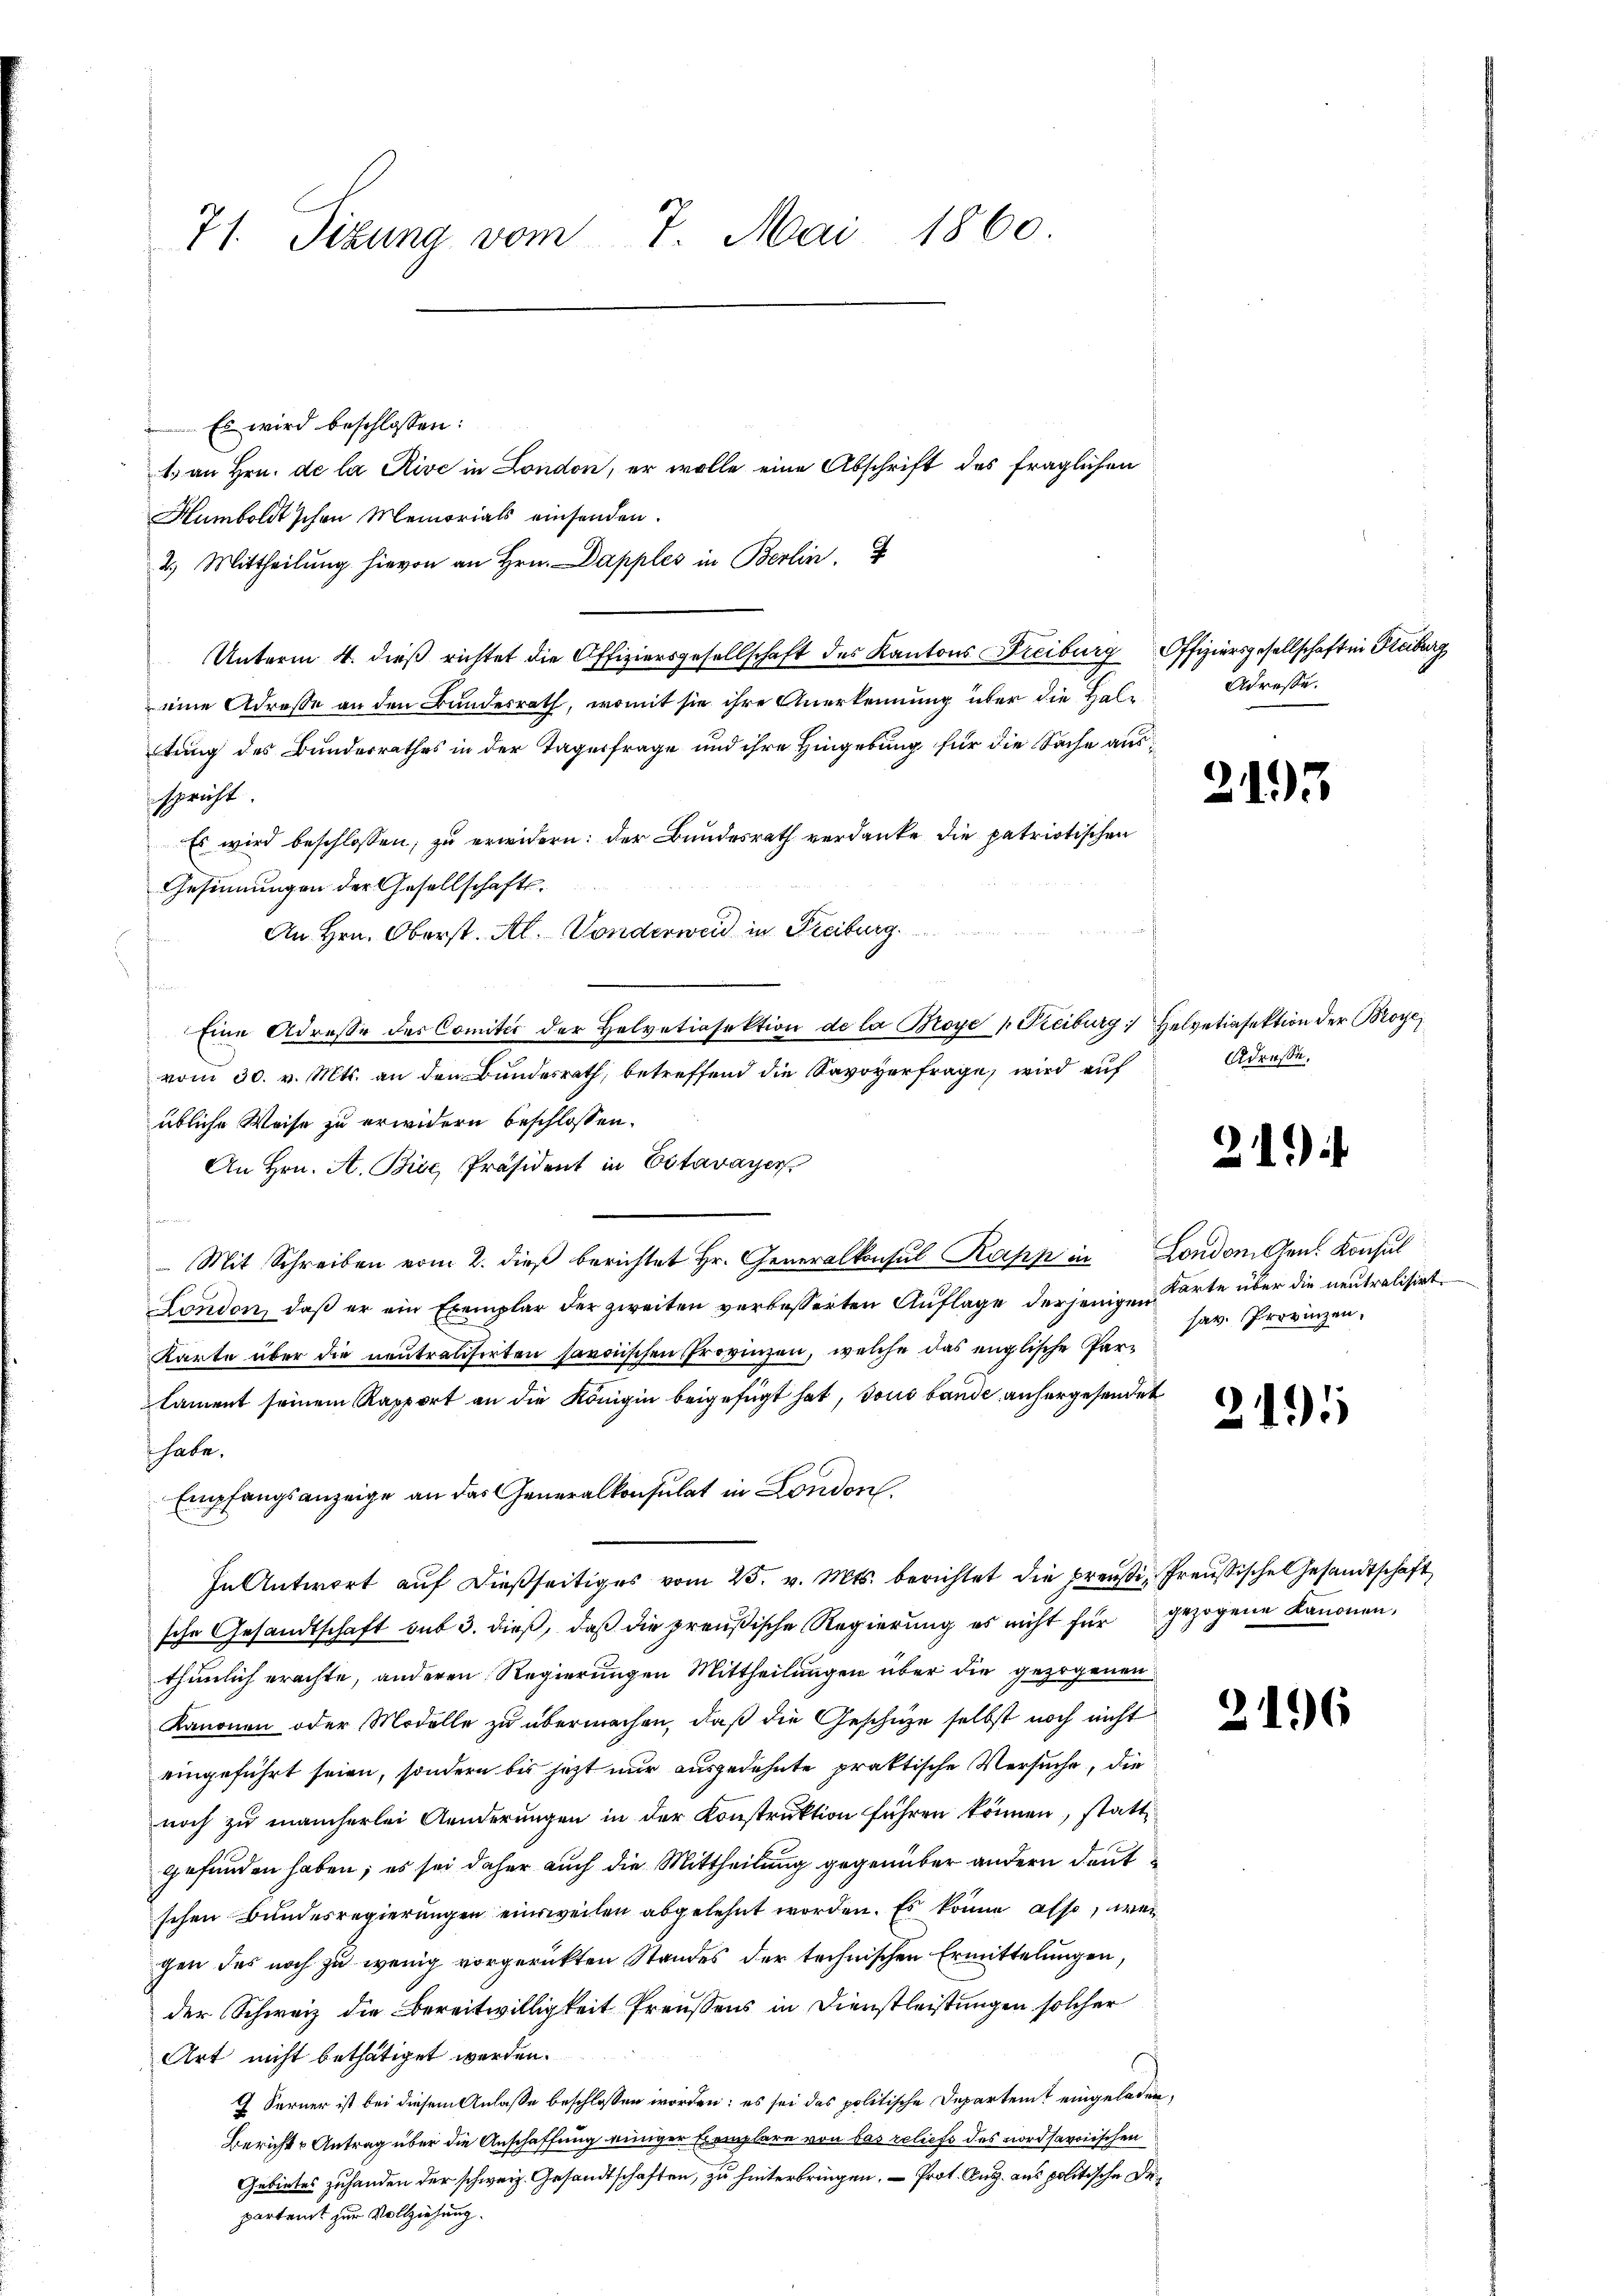
71. Sitzung vom 7. Mai 1860

Es wird beschlossen:
1. an Hrn. de la Rive in London, er wolle eine Abschrift des fraglichen
Humboldt schon Memorials einsenden.
2.) Mittheilŭng hievon an Hrn. Dapples in Berlin.
Unterm 4. dieß richtet die Offiziersgesellschaft des Kantons Freiburg Offiziersgesellschaft in Freiburg
eine Adresse an den Bundesrath, womit sie ihre Anerkennung über die Haltung des Bundesrathes in der Tagesfrage und ihre Hingebung für die Sache ausspricht.
Es wird beschlossen, zu erwidern: der Bundesrath verdanke die patriotischen
Gesinnungen der Gesellschafts¬
An Hrn. Oberst. Al. Vonderweid in Freiburg.
s
Eine Adresse der Comiter der Helvetiasektion de la Broye „Freiburg Helvetiasektion der Broye
vom 30. v. Mts. an den Bundesrath, betreffend die Savoyerfrage, wird auf
übliche Weise zu erwidern beschlossen.
An Hrn. A. Bise, Präsident in Estavayer
 Mit Schreiben vom 2. dieβ berichtet Hr. Generalkonsul Kopp in London Gen. Konsul
London, daβ er ein Exemplar der zweiten verbesserten Aŭflage derjenigen Karte über die neutralisirt.
Karte über die neutralisirten savoischen Provinzen, welche das englische Par-
lament seinem Rapport an die Königin beigefügt hat, sous bande anhergesendet
 habe.
Empfangsanzeige an das Generalkonsulat in London.
In Antwort aŭf dießseitiges vom 25. v. Mts. berichtet die preußi, freussische Gesandtschaft
sche Gesandtschaft auf 3. dieβ, daβ die preußische Regierŭng es nicht für gezogene Kanonen,
thunlich erachte, anderen Regierungen Mittheilungen über die gezogenen
Kanonen oder Modelle zu übermachen, daß die Geschütze selbst noch nicht
eingeführt seien, sondern bis jetzt nur ausgedehnte praktische Versuche, die
noch zu mancherlei Aenderungen in der Konstruktion führen können, stattgefunden haben; es sei daher auch die Mittheilung gegenüber andern deut
schen Bundesregierungen einsweilen abgelehnt worden. Es könne also, wenn
gen das noch zu wenig vorgerückten Standes der technischen Ermittelungen,
der Schweiz die Bereitwilligkeit Preußens in Dienstleistungen solcher
Art nicht bethätiget werden.
J Ferner ist bei diesem Anlasse beschlossen worden; es sei das politische Departeit eingeladen,
Berichte Antrag über die Anschaffung einiger Exemplare von das reliefe des nordsaroischen
Gebietes zuhanden der schweiz. Gesandtschaften, zu hinterbringen. — Prot. Aug. aus politische Departenst zur Vollziehung.

Adresse.

2195

Adresse.

219

hav. Provinzen.

2191

2196